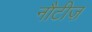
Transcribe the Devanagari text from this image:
नौटीज़